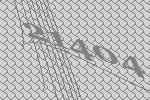
21404